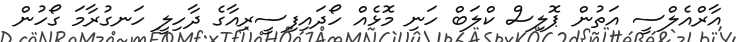
އާރްއެލްސީ އަތުން ޕޮލިސް ކްލަބް ހަނި މޮޅެއް ހޯދައިފިސީރިއާގެ ދާހިލީ ހަނގުރާމަ ގޯހުން